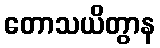
တောသယိတွာန